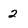
Character: 2